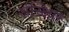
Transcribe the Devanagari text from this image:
संस्क्षित